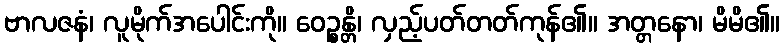
ဗာလဇနံ၊ လူမိုက်အပေါင်းကို။ ဝေဉ္စန္တိ၊ လှည့်ပတ်တတ်ကုန်၏။ အတ္တနော၊ မိမိ၏။